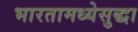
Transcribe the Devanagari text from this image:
भारतामध्येसुद्धा